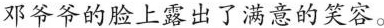
邓爷爷的脸上露出了满意的笑容。